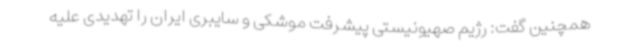
همچنین گفت: رژیم صهیونیستی پیشرفت موشکی و سایبری ایران را تهدیدی علیه